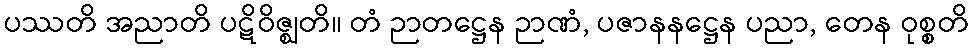
ပဿတိ အညာတိ ပဋိဝိဇ္ဈတိ။ တံ ဉာတဋ္ဌေန ဉာဏံ, ပဇာနနဋ္ဌေန ပညာ, တေန ဝုစ္စတိ